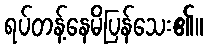
ရပ်တန့်နေမိပြန်သေး၏။